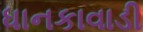
ધાનકાવાડી